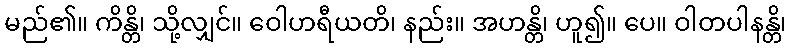
မည်၏။ ကိန္တိ၊ သို့လျှင်။ ဝေါဟရီယတိ၊ နည်း။ အဟန္တိ၊ ဟူ၍။ ပေ။ ဝါတပါနန္တိ၊